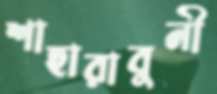
শাহারাবুনী